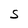
Character: S